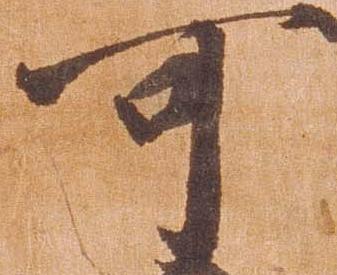
可